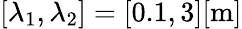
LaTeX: [\lambda_{1},\lambda_{2}]=[0.1,3][\mathrm{{m}]}